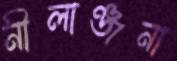
নীলাঞ্জনা